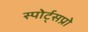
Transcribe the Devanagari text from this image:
स्पोर्ट्सप्रो